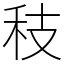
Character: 秓